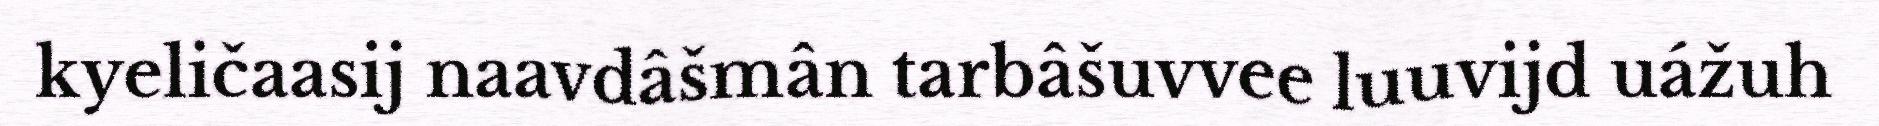
kyeličaasij naavdâšmân tarbâšuvvee luuvijd uážuh